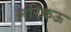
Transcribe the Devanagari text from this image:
लरिकऊ